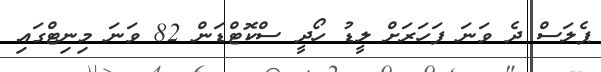
ޕެލަސް ދެ ވަނަ ފަހަރަށް ލީޑު ހޯދީ ސްކޮޓްޑަން 82 ވަނަ މިނިޓްގައި